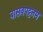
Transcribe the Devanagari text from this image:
बासवपट्टनम